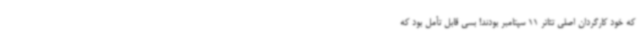
که خود کارگردان اصلی تئاتر 11 سپتامبر بودند! بسی قابل‌ تأمل بود که